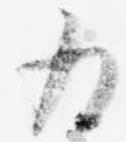
為